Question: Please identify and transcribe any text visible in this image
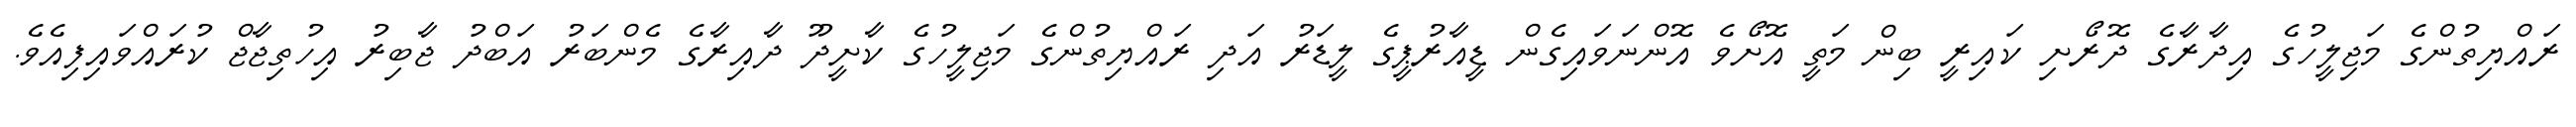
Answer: ރައްޔިތުންގެ މަޖިލީހުގެ އިދާރާގެ ދޮރޯށި ކައިރީ ބިން މަތީ އޮށޯވެ އޮންނަވައިގެން ޑީއާރުޕީގެ ލީޑަރު އަދި ރައްޔިތުންގެ މަޖިލީހުގެ ކާށީދޫ ދާއިރާގެ މެންބަރު އަބްދު ޖާބިރު އިހުތިޖާޖް ކުރައްވައިފިއެވެ.